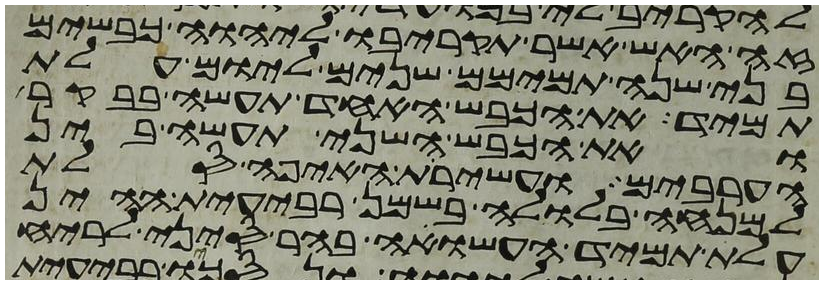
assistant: זה האש אשר תקריבו ליהוה כבשים
בני שנה תמימם שנים ליום עלת
תמיד את הכבש האחד תעשה בבקר
ואת הכבש השני תעשה בין
הערבים ועשירת האיפה סלת
למנחה בלולה בשמן רבעית ההין
עלת תמיד העשויה בהר סיני לריח